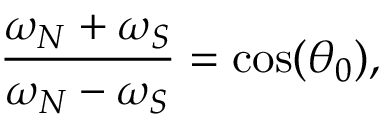
\frac { \omega _ { N } + \omega _ { S } } { \omega _ { N } - \omega _ { S } } = \cos ( \theta _ { 0 } ) ,